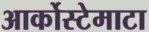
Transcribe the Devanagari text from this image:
आर्कोस्टेमाटा